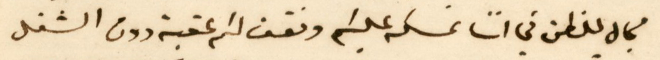
مجال للظن في اننا نمسكه عليكم ونقف لكم عقبة دون الشغل